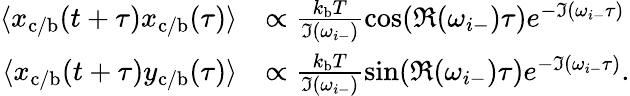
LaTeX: \begin{array}{rl}{\langle x_{\mathrm{c/b}}(t+\tau)x_{\mathrm{c/b}}(\tau)\rangle}&{\propto\frac{k_{\mathrm{b}}T}{\Im(\omega_{i-})}\cos(\Re(\omega_{i-})\tau)e^{-\Im(\omega_{i-}\tau)}}\\ {\langle x_{\mathrm{c/b}}(t+\tau)y_{\mathrm{c/b}}(\tau)\rangle}&{\propto\frac{k_{\mathrm{b}}T}{\Im(\omega_{i-})}\sin(\Re(\omega_{i-})\tau)e^{-\Im(\omega_{i-}\tau)}.}\end{array}